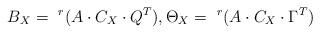
LaTeX: \begin{align*} B_X=\ ^r(A\cdot C_X \cdot Q^T),\Theta_X=\ ^r{(A\cdot C_X \cdot \Gamma^T)}\end{align*}